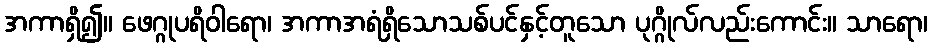
အကာရှိ၍။ ဖေဂ္ဂုပရိဝါရော၊ အကာအရံရှိသောသစ်ပင်နှင့်တူသော ပုဂ္ဂိုလ်လည်းကောင်း။ သာရော၊